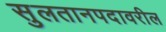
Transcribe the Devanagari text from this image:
सुलतानपदावरील